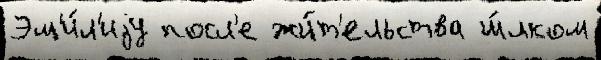
Эм'и́л'иjу посл'е жи́т'ельства ш́лком